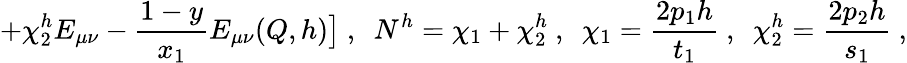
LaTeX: +\chi_{2}^{h}E_{\mu\nu}-\frac{1-y}{x_{1}}E_{\mu\nu}(Q,h)\bigr]\ ,\ \ N^{h}=\chi_{1}+\chi_{2}^{h}\ ,\ \ \chi_{1}=\frac{2p_{1}h}{t_{1}}\ ,\ \ \chi_{2}^{h}=\frac{2p_{2}h}{s_{1}}\ ,